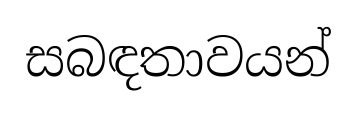
සබඳතාවයන්